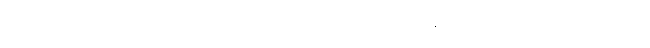
မသတ်ကြရန် တားမြစ်သောကြောင့် ဘုရားလောင်းမင်းအား ရန်မူလာသော ဘီလူးအကြောင်း။